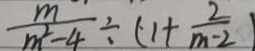
\frac { m } { m ^ { 2 } - 4 } \div ( 1 + \frac { 2 } { m - 2 }